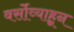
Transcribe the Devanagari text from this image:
वर्सोव्याहून